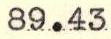
89.43